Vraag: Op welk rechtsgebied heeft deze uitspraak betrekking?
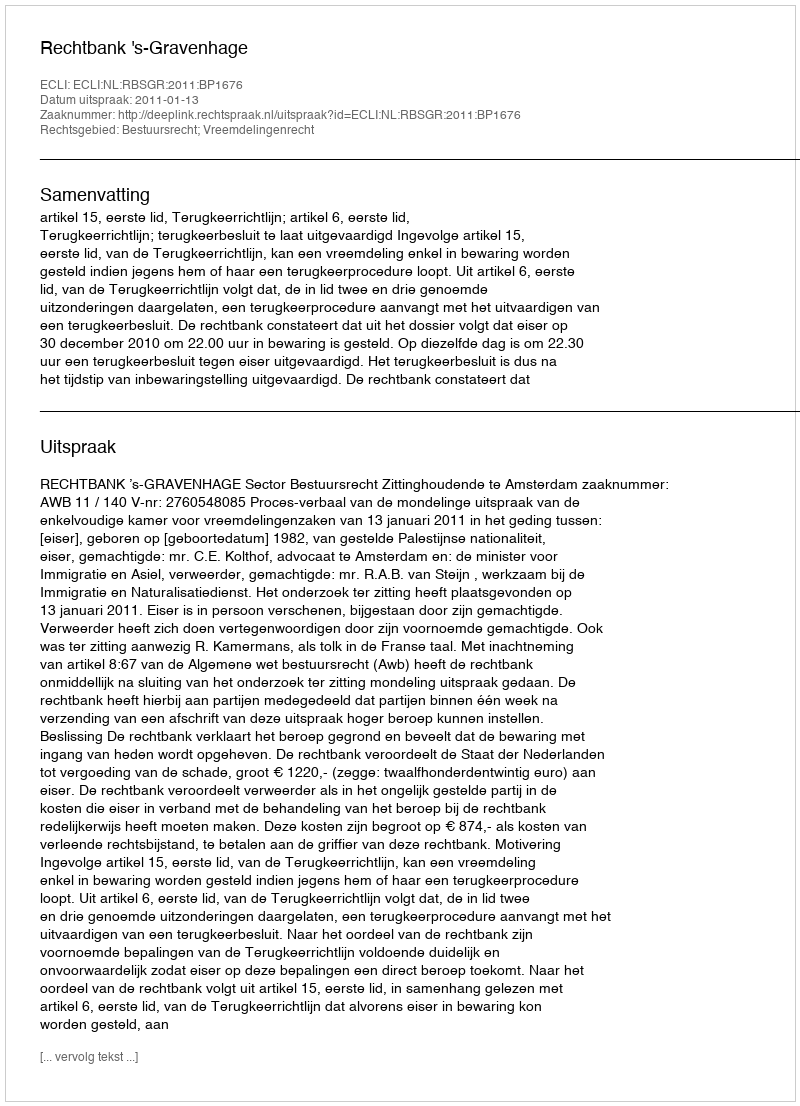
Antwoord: Bestuursrecht; Vreemdelingenrecht